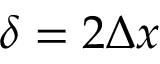
\delta = 2 \Delta x